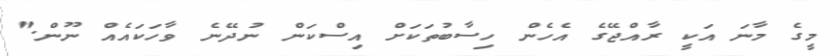
މީގެ މާނަ އަކީ ރާއްޖޭގެ އެހެން ހިސާބުތަކަށް އިސްކަން ނުދޭނެ ވާހަކައެއް ނޫން."